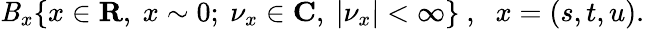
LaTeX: \mathit{B}_{x}\{ x\in{\mathbf{R}},\ x\sim0;\ {\nu}_{x}\in{\mathbf{C}},\ |{\nu}_{x}|<\infty\} \ ,\, \, \ x=(s,t,u).